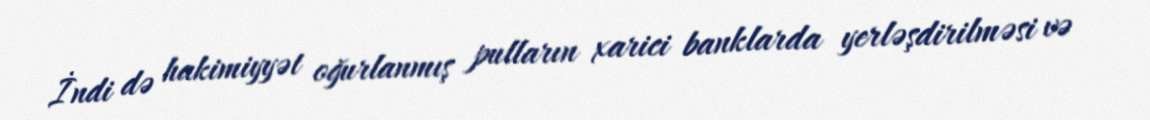
İndi də hakimiyyət oğurlanmış pulların xarici banklarda yerləşdirilməsi və